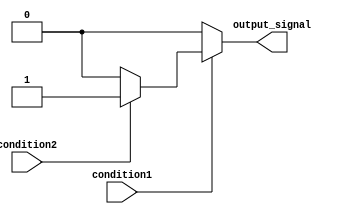
module nested_if_else (
    input wire condition1,
    input wire condition2,
    output reg output_signal
);

always @ (*) begin
    if (condition1) begin
        if (condition2) begin
            output_signal <= 1;
        end else begin
            output_signal <= 0;
        end
    end else begin
        output_signal <= 0;
    end
end

endmodule